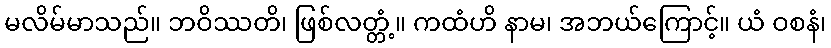
မလိမ်မာသည်။ ဘဝိဿတိ၊ ဖြစ်လတ္တံ့။ ကထံဟိ နာမ၊ အဘယ်ကြောင့်။ ယံ ဝစနံ၊